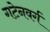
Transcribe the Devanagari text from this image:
गटेनवर्ग